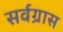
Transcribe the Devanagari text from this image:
सर्वग्रास